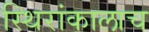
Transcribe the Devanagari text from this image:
स्थिरांकालाच